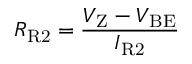
R _ { \mathrm { R 2 } } = { \frac { V _ { \mathrm { Z } } - V _ { \mathrm { B E } } } { I _ { \mathrm { R 2 } } } }